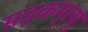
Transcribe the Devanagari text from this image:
सड़कमृत्यु